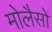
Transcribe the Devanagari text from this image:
मोलैसों